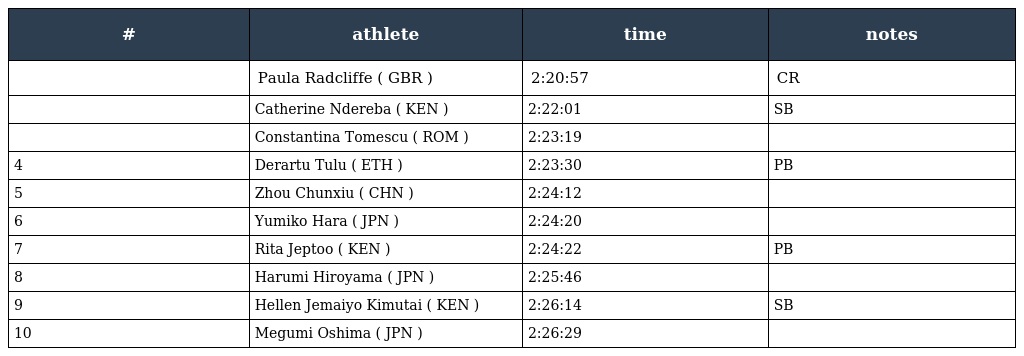
| # | athlete | time | notes |
 | --- | --- | --- | --- |
 |  | Paula Radcliffe ( GBR ) | 2:20:57 | CR |
 |  | Catherine Ndereba ( KEN ) | 2:22:01 | SB |
 |  | Constantina Tomescu ( ROM ) | 2:23:19 |  |
 | 4 | Derartu Tulu ( ETH ) | 2:23:30 | PB |
 | 5 | Zhou Chunxiu ( CHN ) | 2:24:12 |  |
 | 6 | Yumiko Hara ( JPN ) | 2:24:20 |  |
 | 7 | Rita Jeptoo ( KEN ) | 2:24:22 | PB |
 | 8 | Harumi Hiroyama ( JPN ) | 2:25:46 |  |
 | 9 | Hellen Jemaiyo Kimutai ( KEN ) | 2:26:14 | SB |
 | 10 | Megumi Oshima ( JPN ) | 2:26:29 |  |